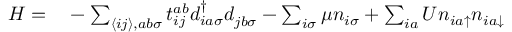
\begin{array} { r l } { H = } & { { } - \sum _ { \langle i j \rangle , a b \sigma } t _ { i j } ^ { a b } d _ { i a \sigma } ^ { \dagger } d _ { j b \sigma } ^ { } - \sum _ { i \sigma } \mu n _ { i \sigma } + \sum _ { i a } U n _ { i a \uparrow } n _ { i a \downarrow } } \end{array}